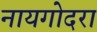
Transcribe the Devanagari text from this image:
नायगोदरा